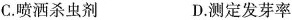
C. 喷洒杀虫剂 D. 测定发芽率